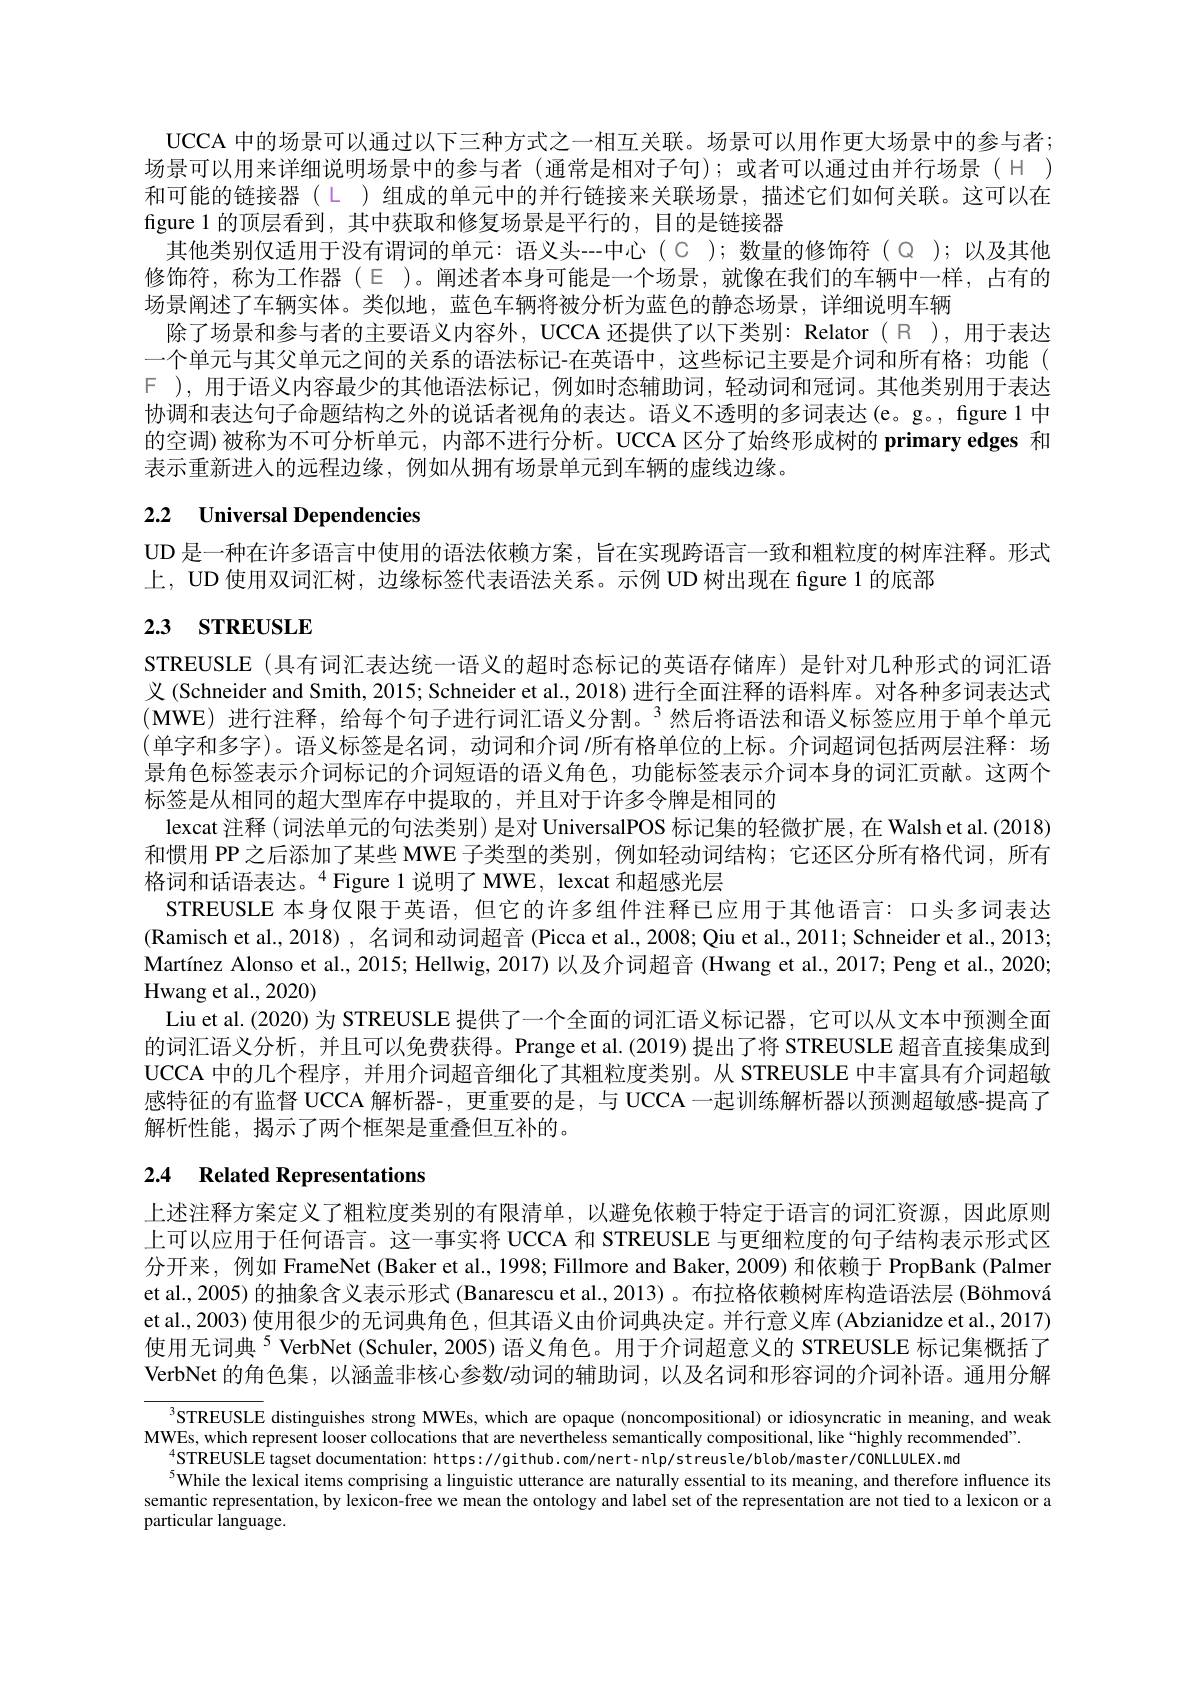
UCCA 中的场景可以通过以下三种方式之一相互关联。场景可以用作更大场景中的参与者； 场景可以用来详细说明场景中的参与者 (通常是相对子句);或者可以通过由并行场景(H ) 和可能的链接器(L ) 组成的单元中的并行链接来关联场景，描述它们如何关联。这可以在figure 1 的顶层看到，其中获取和修复场景是平行的，目的是链接器
其他类别仅适用于没有谓词的单元：语义头--中心(C );数量的修饰符(Q );以及其他修饰符，称为工作器(E )。阐述者本身可能是一个场景，就像在我们的车辆中一样，占有的场景阐述了车辆实体。类似地，蓝色车辆将被分析为蓝色的静态场景，详细说明车辆
除了场景和参与者的主要语义内容外，UCCA 还提供了以下类别：Relator(R ),用于表达一个单元与其父单元之间的关系的语法标记-在英语中，这些标记主要是介词和所有格；功能( F ),用于语义内容最少的其他语法标记，例如时态辅助词，轻动词和冠词。其他类别用于表达协调和表达句子命题结构之外的说话者视角的表达。语义不透明的多词表达(e。g。, figure 1 中的空调)被称为不可分析单元，内部不进行分析。UCCA 区分了始终形成树的 primary edges 和表示重新进人的远程边缘，例如从拥有场景单元到车辆的虚线边缘。

# 2.2 Universal Dependencies

UD 是一种在许多语言中使用的语法依赖方案，旨在实现跨语言一致和粗粒度的树库注释。形式
上，UD 使用双词汇树，边缘标签代表语法关系。示例 UD 树出现在 figure 1 的底部

# 2.3 srREUSLE

STREUSLE (具有词汇表达统一语义的超时态标记的英语存储库)是针对几种形式的词汇语义 (Schneider and Smith, 2015; Schneider et al., 2018) 进行全面注释的语料库。对各种多词表达式(MWE)进行注释，给每个句子进行词汇语义分割。$^3$然后将语法和语义标签应用于单个单元(单字和多字)。语义标签是名词，动词和介词$\prime$所有格单位的上标。介词超词包括两层注释：场景角色标签表示介词标记的介词短语的语义角色，功能标签表示介词本身的词汇贡献。这两个标签是从相同的超大型库存中提取的，并且对于许多令牌是相同的
lexcat 注释 (词法单元的句法类别) 是对 UniversalPOS 标记集的轻微扩展，在 Walsh et al. (2018) 和惯用 PP 之后添加了某些 MWE 子类型的类别，例如轻动词结构；它还区分所有格代词，所有格词和话语表达。$^{4}$Figure 1说明了 MWE, lexcat 和超感光层
STREUSLE 本身仅限于英语，但它的许多组件注释已应用于其他语言：口头多词表达(Ramisch et al., 2018) , 名词和动词超音 (Picca et al., 2008; Qiu et al., 2011; Schneider et al., 2013; Martínez Alonso et al., 2015; Hellwig, 2017) 以及介词超音 (Hwang et al., 2017; Peng et al., 2020; Hwang et al., 2020)
Liu et al. (2020) 为 STREUSLE 提供了一个全面的词汇语义标记器，它可以从文本中预测全面的词汇语义分析，并且可以免费获得。Prange et al. (2019) 提出了将 STREUSLE 超音直接集成到UCCA 中的几个程序，并用介词超音细化了其粗粒度类别。从 STREUSLE 中丰富具有介词超敏感特征的有监督 UCCA 解析器-, 更重要的是，与 UCCA 一起训练解析器以预测超敏感-提高了解析性能，揭示了两个框架是重叠但互补的。

# 2.4 Related Representations

上述注释方案定义了粗粒度类别的有限清单，以避免依赖于特定于语言的词汇资源，因此原则上可以应用于任何语言。这一事实将 UCCA 和 STREUSLE 与更细粒度的句子结构表示形式区分开来，例如 FrameNet (Baker et al., 1998; Fillmore and Baker, 2009) 和依赖于 PropBank (Palmer et al., 2005) 的抽象含义表示形式 (Banarescu et al., 2013) 。布拉格依赖树库构造语法层 (Böhmová et al., 2003) 使用很少的无词典角色，但其语义由价词典决定。并行意义库 (Abzianidze et al., 2017) 使用无词典$^{5}$ VerbNet (Schuler, 2005) 语义角色。用于介词超意义的 STREUSLE 标记集概括了VerbNet 的角色集，以涵盖非核心参数/动词的辅助词，以及名词和形容词的介词补语。通用分解

STREUSLE distinguishes strong MWEs, which are opaque (noncompositional) or idiosyncratic in meaning, and weak
MWEs, which represent looser collocations that are nevertheless semantically compositional, like “highly recommended”.
$_{5}^{4}$STREUSLE tagset documentation: https://github.com/nert-nlp/streusle/blob/master/CONLLULEX.md
$^{5}$While the lexical items comprising a linguistic utterance are naturally essential to its meaning, and therefore influence its semantic representation, by lexicon-free we mean the ontology and label set of the representation are not tied to a lexicon or a particular language.